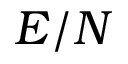
E / N